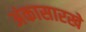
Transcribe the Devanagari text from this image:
अंकासारखे